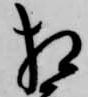
相